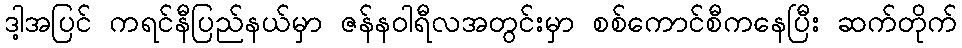
ဒါ့အပြင် ကရင်နီပြည်နယ်မှာ ဇန်နဝါရီလအတွင်းမှာ စစ်ကောင်စီကနေပြီး ဆက်တိုက်